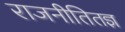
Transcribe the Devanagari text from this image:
राजनीतितज्ञ